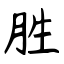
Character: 胜